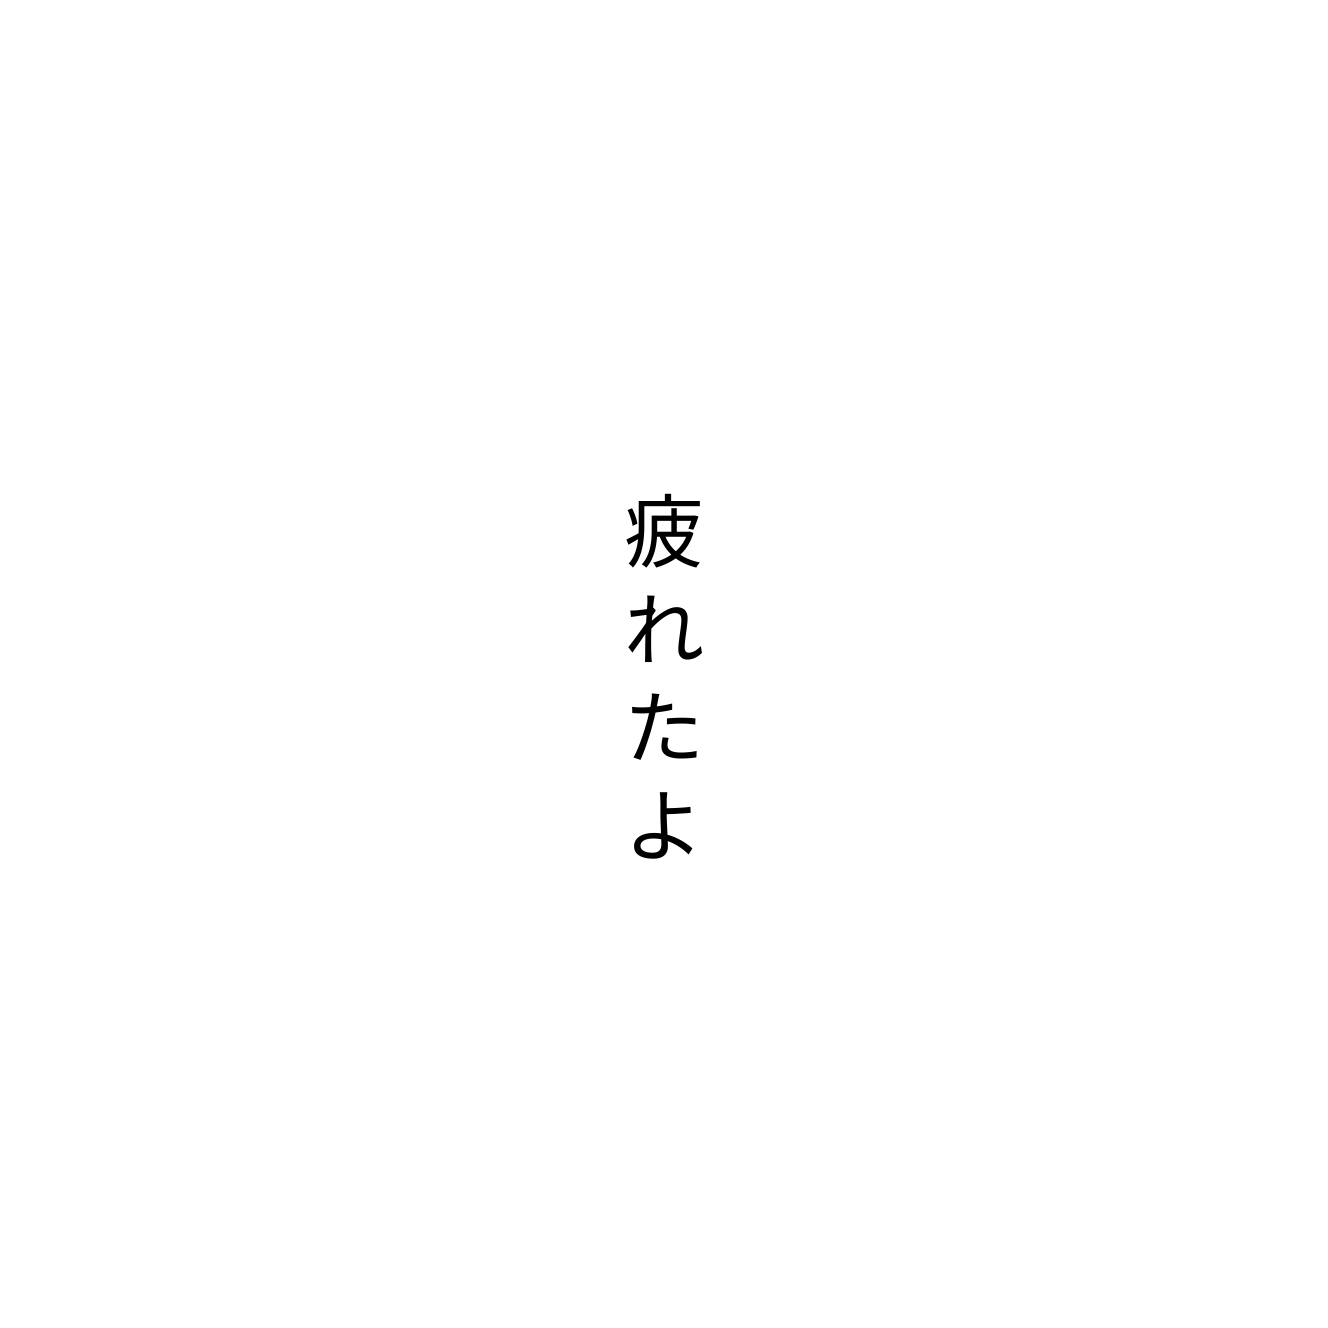
疲れたよ